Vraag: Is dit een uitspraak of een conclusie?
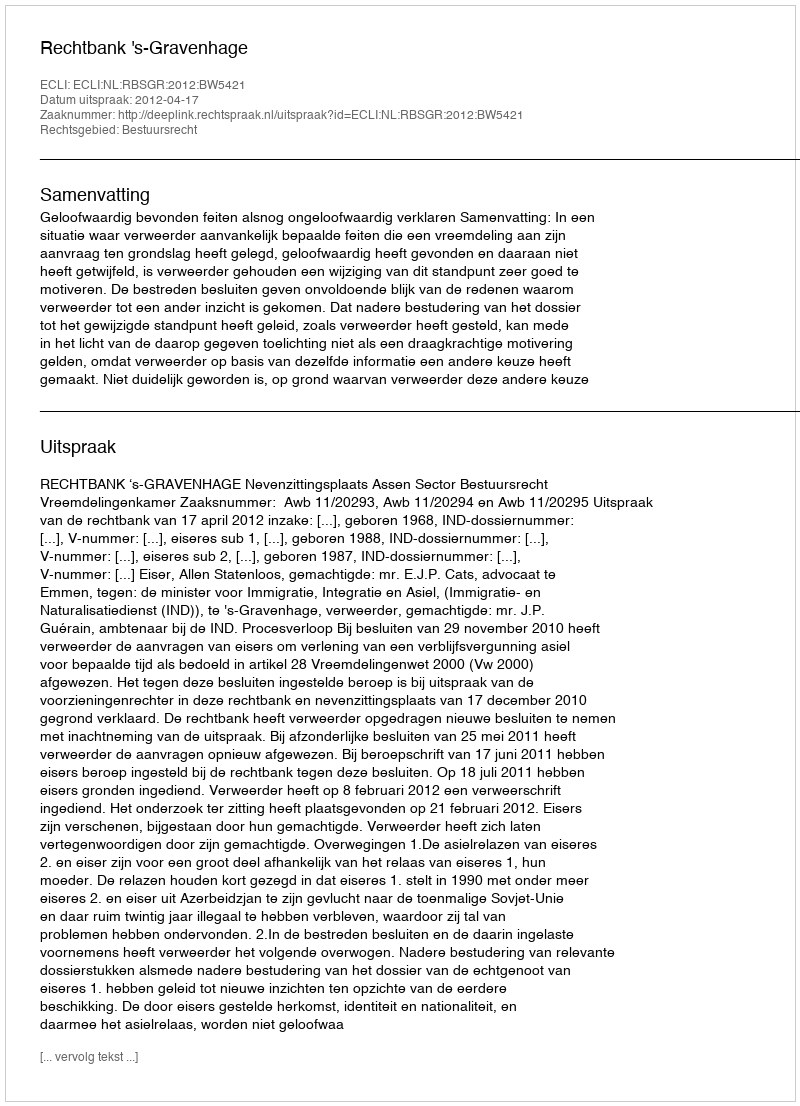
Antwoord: Uitspraak